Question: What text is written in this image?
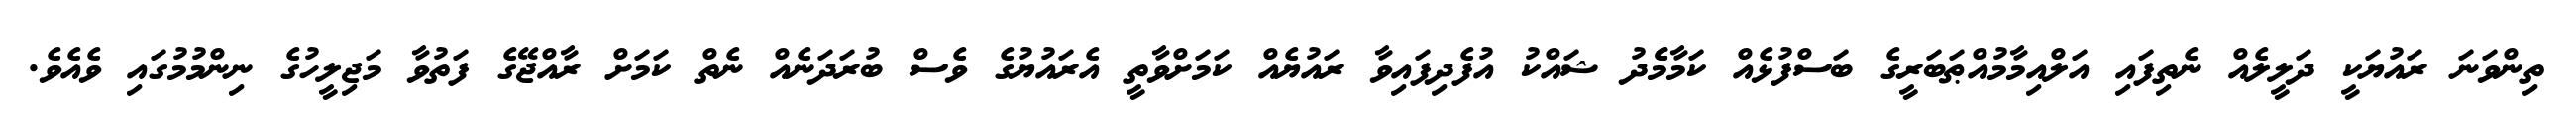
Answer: ތިންވަނަ ރައުޔަކީ ދަލީލެއް ނެތިފައި އަލްއިމާމުއްޠަބަރީގެ ބަސްފުޅެއް ކަމާމެެދު ޝައްކު އުފެދިފައިވާ ރައުޔެއް ކަމަށްވާތީ އެރައުޔުގެ ވެސް ބުރަދަނެއް ނެތް ކަމަށް ރާއްޖޭގެ ފަތުވާ މަޖިލީހުގެ ނިންމުމުގައި ވެއެވެ.